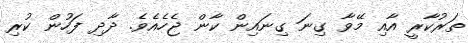
ތަރުކާރީ އާއި މޭވާ ގިނަ ގިނައިން ކާން ޖެހެއެވެ. ދާދި ފަހުން ކުރި